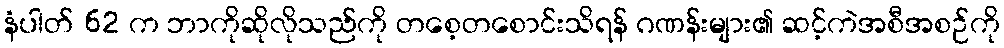
နံပါတ် 62 က ဘာကိုဆိုလိုသည်ကို တစေ့တစောင်းသိရန် ဂဏန်းများ၏ ဆင့်ကဲအစီအစဉ်ကို